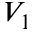
V _ { 1 }